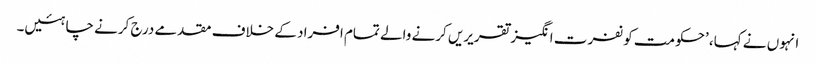
انہوں نے کہا، ’حکومت کو نفرت انگیز تقریریں کرنے والے تمام افراد کے خلاف مقدمے درج کرنے چاہئیں۔